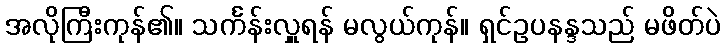
အလိုကြီးကုန်၏။ သင်္ကန်းလှူရန် မလွယ်ကုန်။ ရှင်ဥပနန္ဒသည် မဖိတ်ပဲ